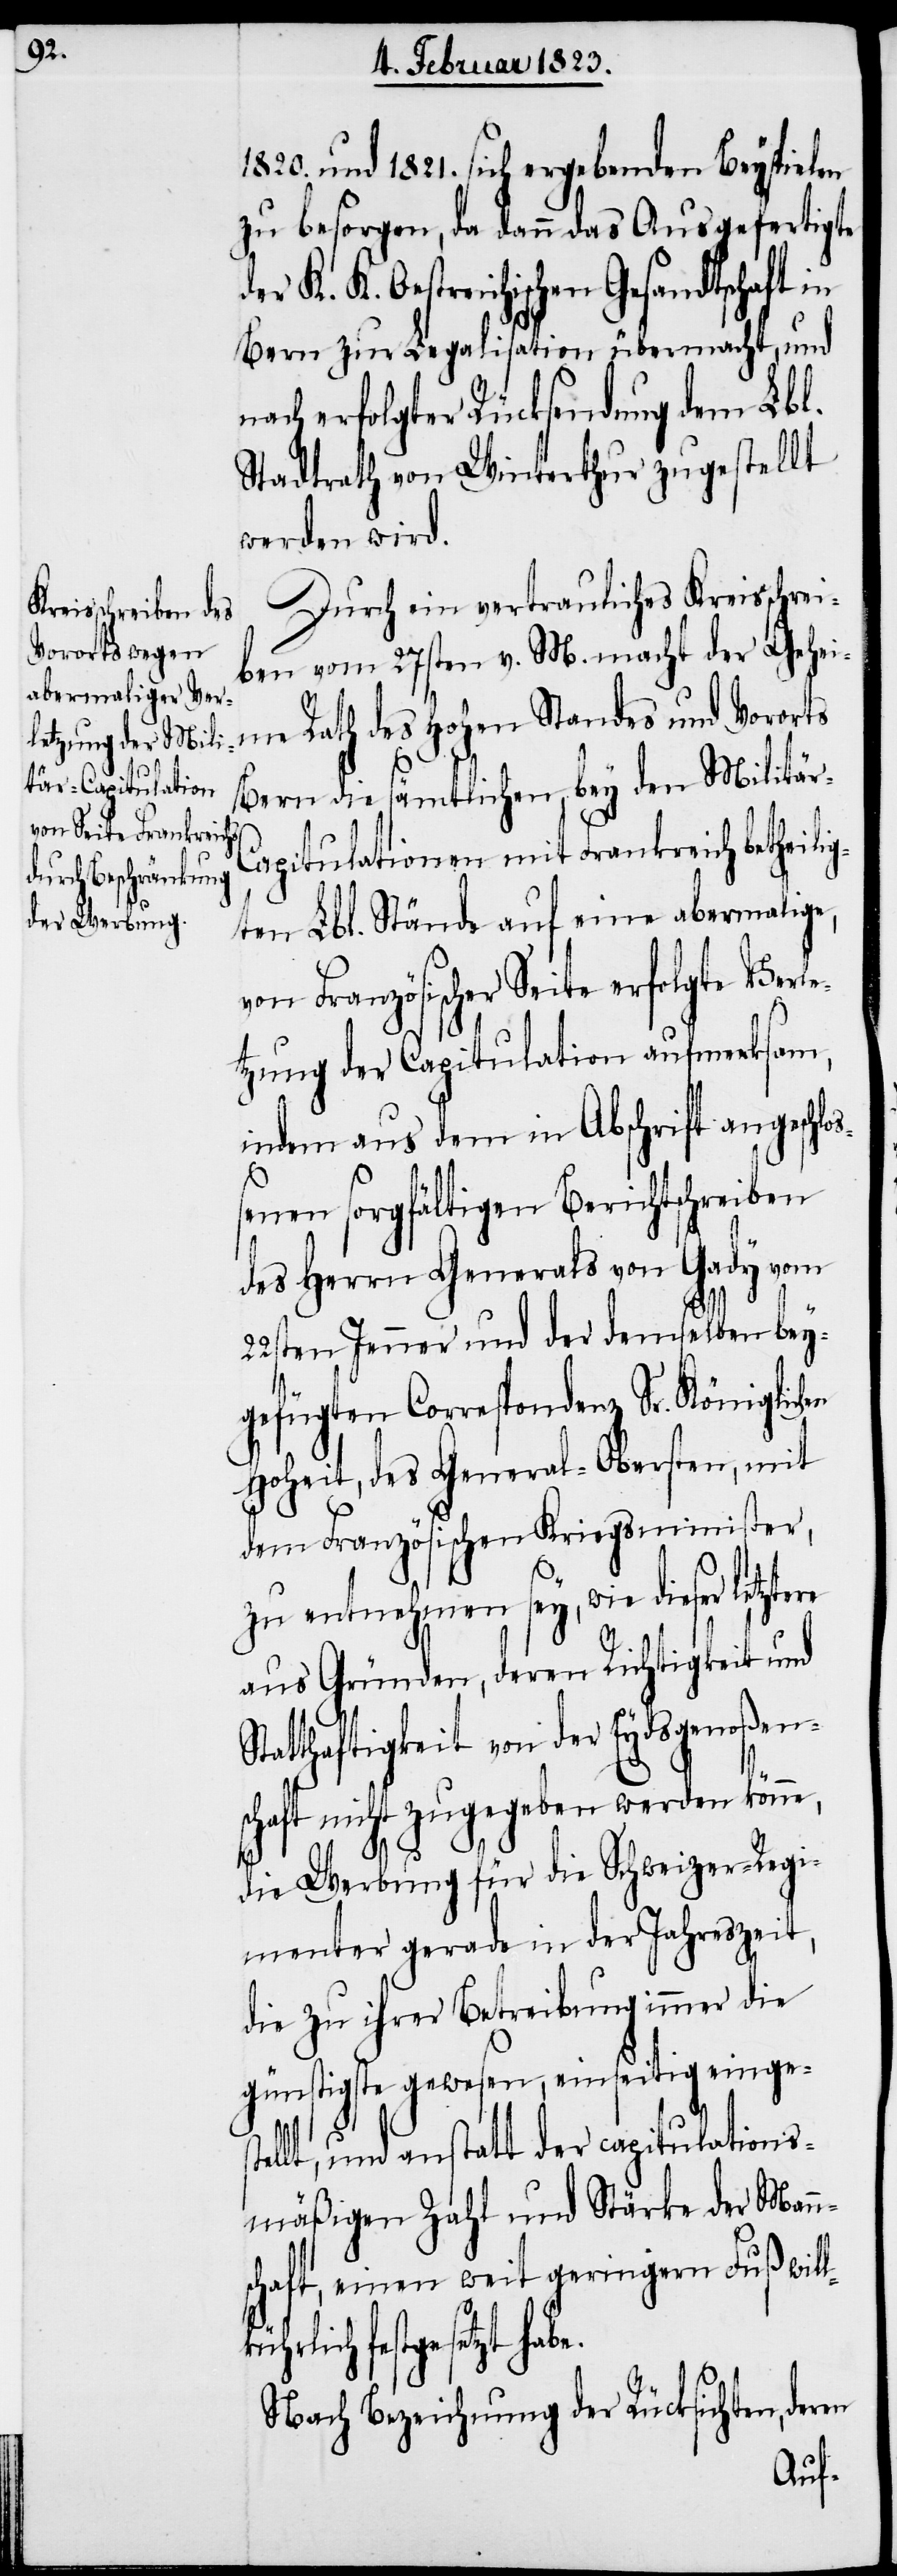
ne,

1820. und 1821. sich ergebenden Beyspielen
zu besorgen, da dann das Ausgefertigte
der K. K. Oestreichischen Gesandtschaft in
Bern zur Legalisation übermacht, und
nach erfolgter Rücksendung dem Lbl.
Stadtrath von Winterthur zugestellt
werden wird.
Durch ein vertrauliches Kreisschrei¬
ben vom 27sten v. M. macht der Gehei¬
me Rath des Hohen Standes und Vororts
Bern die sämtlichen, bey den Militär-C¬
apitulationen mit Frankreich betheili¬
gten Lbl. Stände auf eine abermalige,
von Französischer Seite erfolgte Verle¬
tzung der Capitulation aufmerksam,
indem aus dem in Abschrift angeschlo¬
ßenen sorgfältigen Berichtschreiben
des Herrn Generals von Gady vom
22sten Jenner und der demselben bey¬
gefügten Correspondenz Sr. Königlichen
Hoheit, des General-Obersten, mit
dem Französischen Kriegsminister,
zu entnehmen sey, wie dieser
aus Gründen, deren Richtigkeit und
tthaftigkeit von der Eydsgenoßens¬
chaft nicht zugegeben werden kön¬
die Werbung für die Schweizer-Regi¬
menter gerade in der Jahreszeit,
die zu ihrer Betreibung immer die
günstigste gewesen, einseitig einges¬
tellt, und anstatt der capitulations¬
mäßigen Zahl und Stärke der Mann¬
schaft, einen weit geringern Fuß wil¬
estgesetzt habe.
Nach Bezeichnung der Rücksichten,